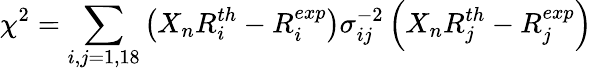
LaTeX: \chi^{2}=\sum_{i,j=1,18}\left(X_{n}R_{i}^{th}-R_{i}^{exp}\right)\sigma_{ij}^{-2}\left(X_{n}R_{j}^{th}-R_{j}^{exp}\right)